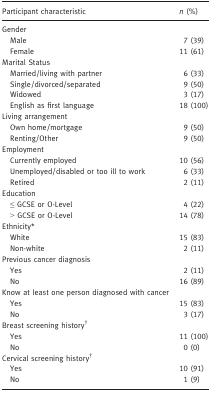
<table><thead><tr><td><b>Participant characteristic</b></td><td><b><i>n</i> (%)</b></td></tr></thead><tbody><tr><td colspan="2">Gender</td></tr><tr><td>Male</td><td>7 (39)</td></tr><tr><td>Female</td><td>11 (61)</td></tr><tr><td colspan="2">Marital Status</td></tr><tr><td>Married/living with partner</td><td>6 (33)</td></tr><tr><td>Single/divorced/separated</td><td>9 (50)</td></tr><tr><td>Widowed</td><td>3 (17)</td></tr><tr><td>English as first language</td><td>18 (100)</td></tr><tr><td colspan="2">Living arrangement</td></tr><tr><td>Own home/mortgage</td><td>9 (50)</td></tr><tr><td>Renting/Other</td><td>9 (50)</td></tr><tr><td colspan="2">Employment</td></tr><tr><td>Currently employed</td><td>10 (56)</td></tr><tr><td>Unemployed/disabled or too ill to work</td><td>6 (33)</td></tr><tr><td>Retired</td><td>2 (11)</td></tr><tr><td colspan="2">Education</td></tr><tr><td>≤ GCSE or O‐Level</td><td>4 (22)</td></tr><tr><td>&gt; GCSE or O‐Level</td><td>14 (78)</td></tr><tr><td colspan="2">Ethnicitya</td></tr><tr><td>White</td><td>15 (83)</td></tr><tr><td>Non‐white</td><td>2 (11)</td></tr><tr><td colspan="2">Previous cancer diagnosis</td></tr><tr><td>Yes</td><td>2 (11)</td></tr><tr><td>No</td><td>16 (89)</td></tr><tr><td colspan="2">Know at least one person diagnosed with cancer</td></tr><tr><td>Yes</td><td>15 (83)</td></tr><tr><td>No</td><td>3 (17)</td></tr><tr><td colspan="2">Breast screening historyb</td></tr><tr><td>Yes</td><td>11 (100)</td></tr><tr><td>No</td><td>0 (0)</td></tr><tr><td colspan="2">Cervical screening historyb</td></tr><tr><td>Yes</td><td>10 (91)</td></tr><tr><td>No</td><td>1 (9)</td></tr></tbody></table>